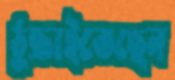
ঠুক্‌রাইতেছেন